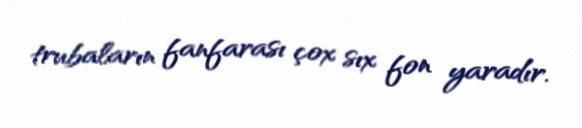
trubaların fanfarası çox sıx fon yaradır.